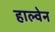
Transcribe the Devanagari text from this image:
हाल्वेन